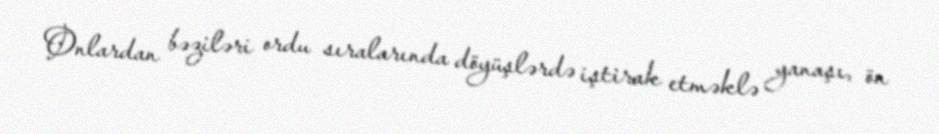
Onlardan bəziləri ordu sıralarında döyüşlərdə iştirak etməklə yanaşı, ön